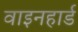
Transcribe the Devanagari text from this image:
वाइनहार्ड